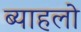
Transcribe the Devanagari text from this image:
ब्याहलो